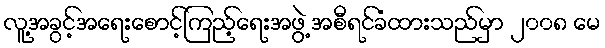
လူ့အခွင့်အရေးစောင့်ကြည့်ရေးအဖွဲ့ အစီရင်ခံထားသည်မှာ ၂၀၀၈ မေ